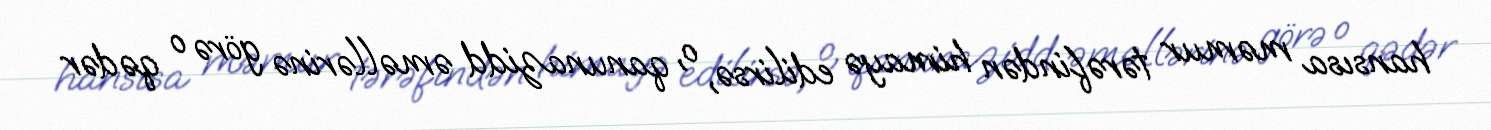
hansısa məmur tərəfindən himayə edilirsə, o, qanunazidd əməllərinə görə o qədər